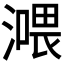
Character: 𣾿